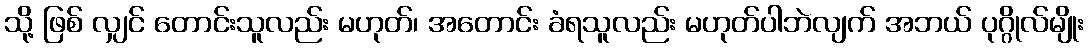
သို့ ဖြစ် လျှင် တောင်းသူလည်း မဟုတ်၊ အတောင်း ခံရသူလည်း မဟုတ်ပါဘဲလျက် အဘယ် ပုဂ္ဂိုလ်မျိုး